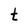
Character: t